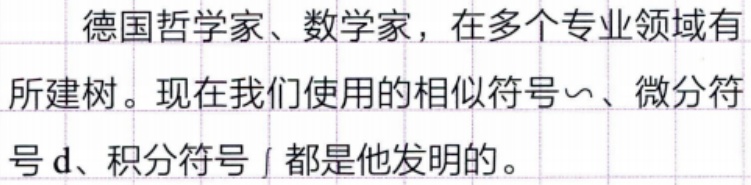
德国哲学家、数学家，在多个专业领域有所建树。现在我们使用的相似符号$\sim$、微分符号$\mathrm{d}$、积分符号$\int$都是他发明的。